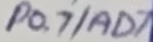
Text: P0.7/AD7